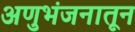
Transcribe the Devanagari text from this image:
अणुभंजनातून